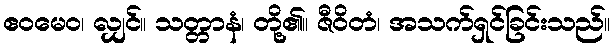
ဧဝမေဝ၊ လျှင်။ သတ္တာနံ၊ တို့၏။ ဇီဝိတံ၊ အသက်ရှင်ခြင်းသည်။